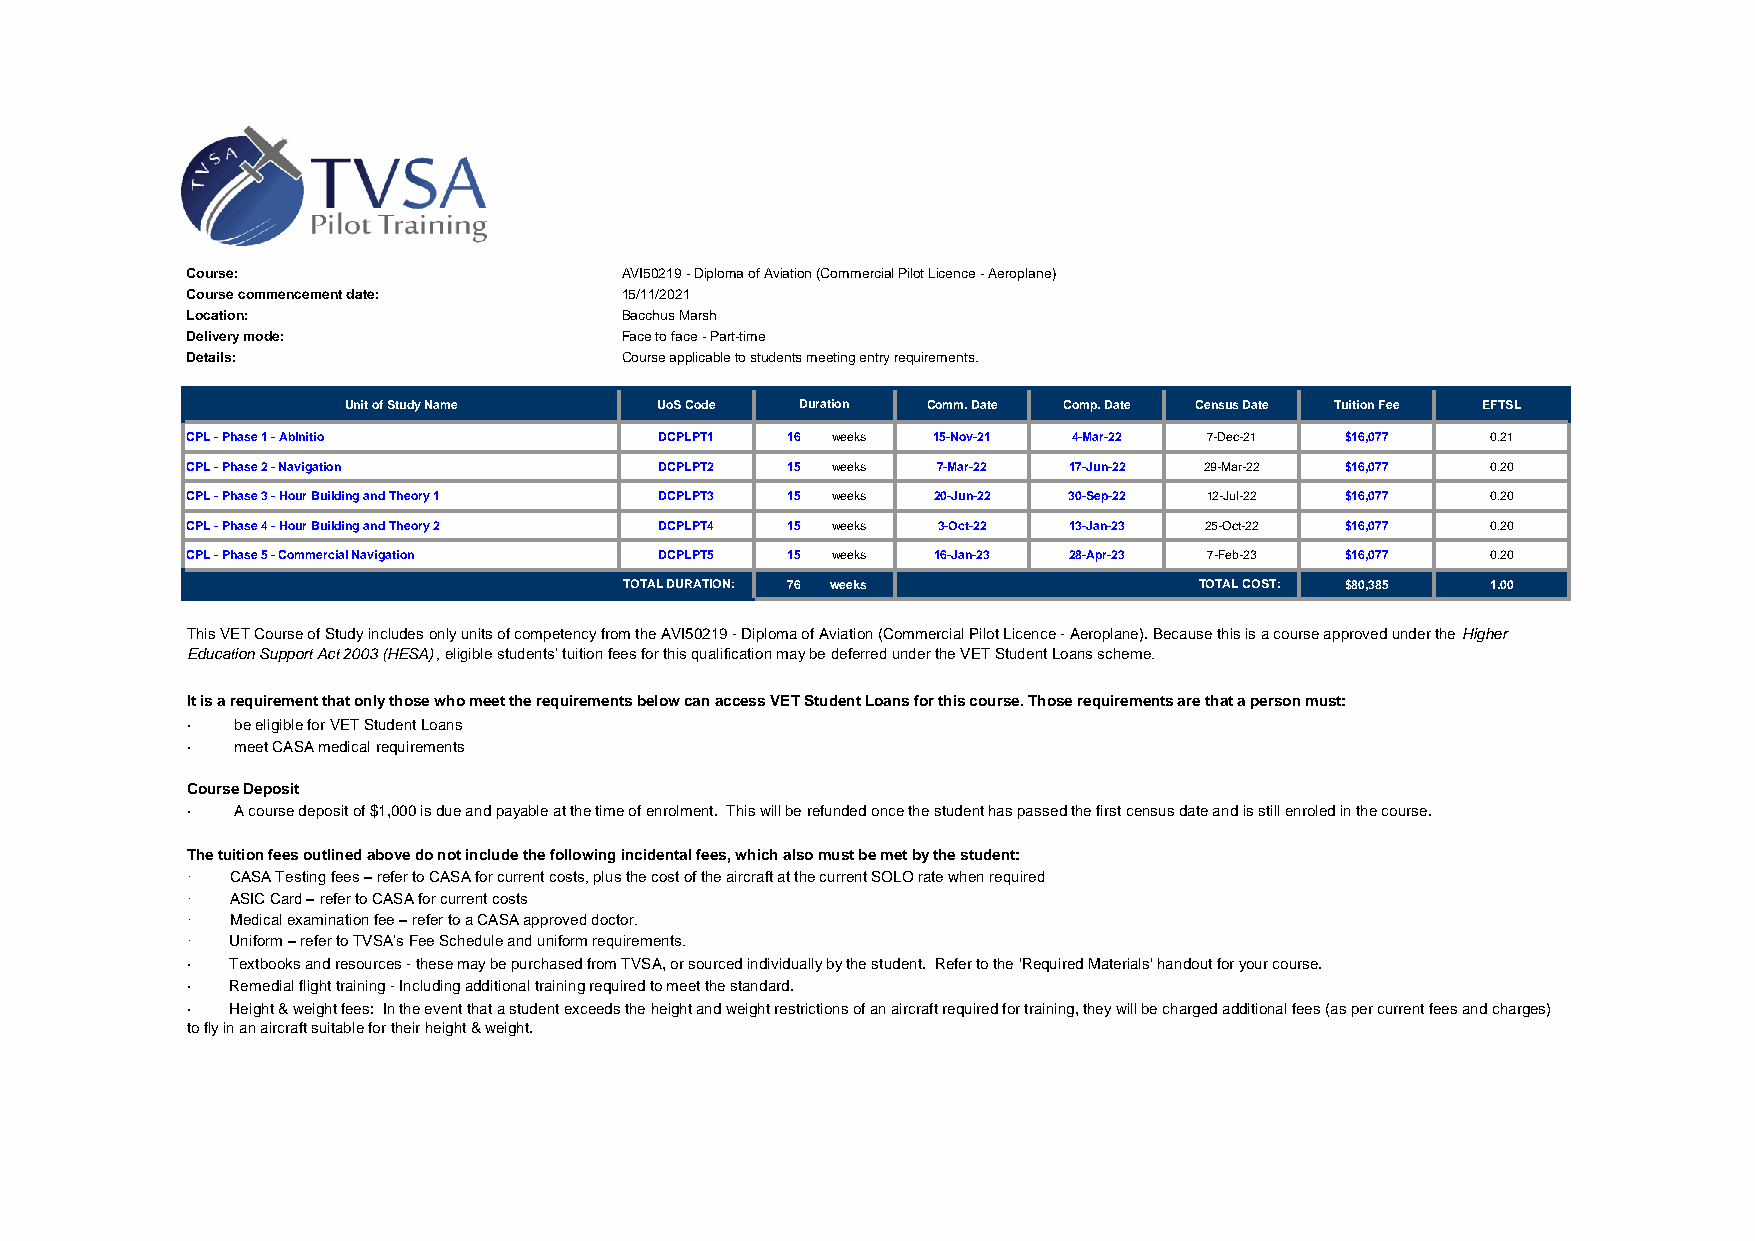
Course:                      AVI50219 - Diploma of Aviation (Commercial Pilot Licence - Aeroplane)
 Course commencement date:    15/11/2021
 Location:                    Bacchus Marsh
 Delivery mode:               Face to face - Part-time
 Details:                     Course applicable to students meeting entry requirements.
 Unit of Study Name  UoS Code  Duration Comm. Date Comp. Date Census Date Tuition Fee EFTSL
 CPL - Phase 1 - AbInitio        DCPLPT1 16 weeks  15-Nov-21 4-Mar-22 7-Dec-21 $16,077  0.21
 CPL - Phase 2 - Navigation      DCPLPT2 15 weeks  7-Mar-22 17-Jun-22 29-Mar-22 $16,077 0.20
 CPL - Phase 3 - Hour Building and Theory 1 DCPLPT3 15 weeks 20-Jun-22 30-Sep-22 12-Jul-22 $16,077 0.20
 CPL - Phase 4 - Hour Building and Theory 2 DCPLPT4 15 weeks 3-Oct-22 13-Jan-23 25-Oct-22 $16,077 0.20
 CPL - Phase 5 - Commercial Navigation DCPLPT5 15 weeks 16-Jan-23 28-Apr-23 7-Feb-23 $16,077 0.20
 TOTAL DURATION: 76 weeks              TOTAL COST: $80,385 1.00
 This VET Course of Study includes only units of competency from the AVI50219 - Diploma of Aviation (Commercial Pilot Licence - Aeroplane). Because this is a course approved under the Higher
 Education Support Act 2003 (HESA), eligible students’ tuition fees for this qualification may be deferred under the VET Student Loans scheme.
 It is a requirement that only those who meet the requirements below can access VET Student Loans for this course. Those requirements are that a person must:
 ·  be eligible for VET Student Loans
 ·  meet CASA medical requirements
 Course Deposit
 ·  A course deposit of $1,000 is due and payable at the time of enrolment. This will be refunded once the student has passed the first census date and is still enroled in the course.
 The tuition fees outlined above do not include the following incidental fees, which also must be met by the student:
 ·  CASA Testing fees – refer to CASA for current costs, plus the cost of the aircraft at the current SOLO rate when required
 ·  ASIC Card – refer to CASA for current costs
 ·  Medical examination fee – refer to a CASA approved doctor.
 ·  Uniform – refer to TVSA’s Fee Schedule and uniform requirements.
 ·  Textbooks and resources - these may be purchased from TVSA, or sourced individually by the student. Refer to the 'Required Materials' handout for your course.
 ·  Remedial flight training - Including additional training required to meet the standard.
 ·  Height & weight fees: In the event that a student exceeds the height and weight restrictions of an aircraft required for training, they will be charged additional fees (as per current fees and charges)
 to fly in an aircraft suitable for their height & weight.